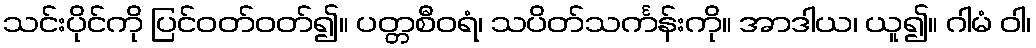
သင်းပိုင်ကို ပြင်ဝတ်ဝတ်၍။ ပတ္တစီဝရံ၊ သပိတ်သင်္ကန်းကို။ အာဒါယ၊ ယူ၍။ ဂါမံ ဝါ၊